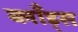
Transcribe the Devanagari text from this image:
ब्लाँड्स